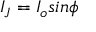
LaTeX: I _ { J } = I _ { o } s i n \phi